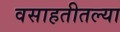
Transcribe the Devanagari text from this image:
वसाहतीतल्या